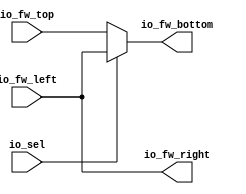
module CrossBarCell(
  input  [63:0] io_fw_left,
  input  [63:0] io_fw_top,
  output [63:0] io_fw_bottom,
  output [63:0] io_fw_right,
  input         io_sel
);
  assign io_fw_bottom = io_sel ? io_fw_left : io_fw_top; // @[CrossBarSwitch.scala 15:17 CrossBarSwitch.scala 16:18 CrossBarSwitch.scala 18:18]
  assign io_fw_right = io_fw_left; // @[CrossBarSwitch.scala 14:15]
endmodule
module CrossBarSwitch(
  input         clock,
  input  [63:0] io_fw_left_0,
  input  [63:0] io_fw_left_1,
  input  [63:0] io_fw_left_2,
  input  [63:0] io_fw_left_3,
  output [63:0] io_fw_bottom_0,
  output [63:0] io_fw_bottom_1,
  output [63:0] io_fw_bottom_2,
  output [63:0] io_fw_bottom_3,
  input  [1:0]  io_select_0,
  input  [1:0]  io_select_1,
  input  [1:0]  io_select_2,
  input  [1:0]  io_select_3
);
`ifdef RANDOMIZE_REG_INIT
  reg [63:0] _RAND_0;
  reg [63:0] _RAND_1;
  reg [63:0] _RAND_2;
  reg [63:0] _RAND_3;
`endif // RANDOMIZE_REG_INIT
  wire [63:0] cells_2d_0_io_fw_left; // @[CrossBarSwitch.scala 37:53]
  wire [63:0] cells_2d_0_io_fw_top; // @[CrossBarSwitch.scala 37:53]
  wire [63:0] cells_2d_0_io_fw_bottom; // @[CrossBarSwitch.scala 37:53]
  wire [63:0] cells_2d_0_io_fw_right; // @[CrossBarSwitch.scala 37:53]
  wire  cells_2d_0_io_sel; // @[CrossBarSwitch.scala 37:53]
  wire [63:0] cells_2d_1_io_fw_left; // @[CrossBarSwitch.scala 37:53]
  wire [63:0] cells_2d_1_io_fw_top; // @[CrossBarSwitch.scala 37:53]
  wire [63:0] cells_2d_1_io_fw_bottom; // @[CrossBarSwitch.scala 37:53]
  wire [63:0] cells_2d_1_io_fw_right; // @[CrossBarSwitch.scala 37:53]
  wire  cells_2d_1_io_sel; // @[CrossBarSwitch.scala 37:53]
  wire [63:0] cells_2d_2_io_fw_left; // @[CrossBarSwitch.scala 37:53]
  wire [63:0] cells_2d_2_io_fw_top; // @[CrossBarSwitch.scala 37:53]
  wire [63:0] cells_2d_2_io_fw_bottom; // @[CrossBarSwitch.scala 37:53]
  wire [63:0] cells_2d_2_io_fw_right; // @[CrossBarSwitch.scala 37:53]
  wire  cells_2d_2_io_sel; // @[CrossBarSwitch.scala 37:53]
  wire [63:0] cells_2d_3_io_fw_left; // @[CrossBarSwitch.scala 37:53]
  wire [63:0] cells_2d_3_io_fw_top; // @[CrossBarSwitch.scala 37:53]
  wire [63:0] cells_2d_3_io_fw_bottom; // @[CrossBarSwitch.scala 37:53]
  wire [63:0] cells_2d_3_io_fw_right; // @[CrossBarSwitch.scala 37:53]
  wire  cells_2d_3_io_sel; // @[CrossBarSwitch.scala 37:53]
  wire [63:0] cells_2d_4_io_fw_left; // @[CrossBarSwitch.scala 37:53]
  wire [63:0] cells_2d_4_io_fw_top; // @[CrossBarSwitch.scala 37:53]
  wire [63:0] cells_2d_4_io_fw_bottom; // @[CrossBarSwitch.scala 37:53]
  wire [63:0] cells_2d_4_io_fw_right; // @[CrossBarSwitch.scala 37:53]
  wire  cells_2d_4_io_sel; // @[CrossBarSwitch.scala 37:53]
  wire [63:0] cells_2d_5_io_fw_left; // @[CrossBarSwitch.scala 37:53]
  wire [63:0] cells_2d_5_io_fw_top; // @[CrossBarSwitch.scala 37:53]
  wire [63:0] cells_2d_5_io_fw_bottom; // @[CrossBarSwitch.scala 37:53]
  wire [63:0] cells_2d_5_io_fw_right; // @[CrossBarSwitch.scala 37:53]
  wire  cells_2d_5_io_sel; // @[CrossBarSwitch.scala 37:53]
  wire [63:0] cells_2d_6_io_fw_left; // @[CrossBarSwitch.scala 37:53]
  wire [63:0] cells_2d_6_io_fw_top; // @[CrossBarSwitch.scala 37:53]
  wire [63:0] cells_2d_6_io_fw_bottom; // @[CrossBarSwitch.scala 37:53]
  wire [63:0] cells_2d_6_io_fw_right; // @[CrossBarSwitch.scala 37:53]
  wire  cells_2d_6_io_sel; // @[CrossBarSwitch.scala 37:53]
  wire [63:0] cells_2d_7_io_fw_left; // @[CrossBarSwitch.scala 37:53]
  wire [63:0] cells_2d_7_io_fw_top; // @[CrossBarSwitch.scala 37:53]
  wire [63:0] cells_2d_7_io_fw_bottom; // @[CrossBarSwitch.scala 37:53]
  wire [63:0] cells_2d_7_io_fw_right; // @[CrossBarSwitch.scala 37:53]
  wire  cells_2d_7_io_sel; // @[CrossBarSwitch.scala 37:53]
  wire [63:0] cells_2d_8_io_fw_left; // @[CrossBarSwitch.scala 37:53]
  wire [63:0] cells_2d_8_io_fw_top; // @[CrossBarSwitch.scala 37:53]
  wire [63:0] cells_2d_8_io_fw_bottom; // @[CrossBarSwitch.scala 37:53]
  wire [63:0] cells_2d_8_io_fw_right; // @[CrossBarSwitch.scala 37:53]
  wire  cells_2d_8_io_sel; // @[CrossBarSwitch.scala 37:53]
  wire [63:0] cells_2d_9_io_fw_left; // @[CrossBarSwitch.scala 37:53]
  wire [63:0] cells_2d_9_io_fw_top; // @[CrossBarSwitch.scala 37:53]
  wire [63:0] cells_2d_9_io_fw_bottom; // @[CrossBarSwitch.scala 37:53]
  wire [63:0] cells_2d_9_io_fw_right; // @[CrossBarSwitch.scala 37:53]
  wire  cells_2d_9_io_sel; // @[CrossBarSwitch.scala 37:53]
  wire [63:0] cells_2d_10_io_fw_left; // @[CrossBarSwitch.scala 37:53]
  wire [63:0] cells_2d_10_io_fw_top; // @[CrossBarSwitch.scala 37:53]
  wire [63:0] cells_2d_10_io_fw_bottom; // @[CrossBarSwitch.scala 37:53]
  wire [63:0] cells_2d_10_io_fw_right; // @[CrossBarSwitch.scala 37:53]
  wire  cells_2d_10_io_sel; // @[CrossBarSwitch.scala 37:53]
  wire [63:0] cells_2d_11_io_fw_left; // @[CrossBarSwitch.scala 37:53]
  wire [63:0] cells_2d_11_io_fw_top; // @[CrossBarSwitch.scala 37:53]
  wire [63:0] cells_2d_11_io_fw_bottom; // @[CrossBarSwitch.scala 37:53]
  wire [63:0] cells_2d_11_io_fw_right; // @[CrossBarSwitch.scala 37:53]
  wire  cells_2d_11_io_sel; // @[CrossBarSwitch.scala 37:53]
  wire [63:0] cells_2d_12_io_fw_left; // @[CrossBarSwitch.scala 37:53]
  wire [63:0] cells_2d_12_io_fw_top; // @[CrossBarSwitch.scala 37:53]
  wire [63:0] cells_2d_12_io_fw_bottom; // @[CrossBarSwitch.scala 37:53]
  wire [63:0] cells_2d_12_io_fw_right; // @[CrossBarSwitch.scala 37:53]
  wire  cells_2d_12_io_sel; // @[CrossBarSwitch.scala 37:53]
  wire [63:0] cells_2d_13_io_fw_left; // @[CrossBarSwitch.scala 37:53]
  wire [63:0] cells_2d_13_io_fw_top; // @[CrossBarSwitch.scala 37:53]
  wire [63:0] cells_2d_13_io_fw_bottom; // @[CrossBarSwitch.scala 37:53]
  wire [63:0] cells_2d_13_io_fw_right; // @[CrossBarSwitch.scala 37:53]
  wire  cells_2d_13_io_sel; // @[CrossBarSwitch.scala 37:53]
  wire [63:0] cells_2d_14_io_fw_left; // @[CrossBarSwitch.scala 37:53]
  wire [63:0] cells_2d_14_io_fw_top; // @[CrossBarSwitch.scala 37:53]
  wire [63:0] cells_2d_14_io_fw_bottom; // @[CrossBarSwitch.scala 37:53]
  wire [63:0] cells_2d_14_io_fw_right; // @[CrossBarSwitch.scala 37:53]
  wire  cells_2d_14_io_sel; // @[CrossBarSwitch.scala 37:53]
  wire [63:0] cells_2d_15_io_fw_left; // @[CrossBarSwitch.scala 37:53]
  wire [63:0] cells_2d_15_io_fw_top; // @[CrossBarSwitch.scala 37:53]
  wire [63:0] cells_2d_15_io_fw_bottom; // @[CrossBarSwitch.scala 37:53]
  wire [63:0] cells_2d_15_io_fw_right; // @[CrossBarSwitch.scala 37:53]
  wire  cells_2d_15_io_sel; // @[CrossBarSwitch.scala 37:53]
  reg [63:0] fw_left_reg_0; // @[CrossBarSwitch.scala 33:28]
  reg [63:0] fw_left_reg_1; // @[CrossBarSwitch.scala 33:28]
  reg [63:0] fw_left_reg_2; // @[CrossBarSwitch.scala 33:28]
  reg [63:0] fw_left_reg_3; // @[CrossBarSwitch.scala 33:28]
  wire [3:0] select_onehot_0 = 4'h1 << io_select_0; // @[OneHot.scala 65:12]
  wire [3:0] select_onehot_1 = 4'h1 << io_select_1; // @[OneHot.scala 65:12]
  wire [3:0] select_onehot_2 = 4'h1 << io_select_2; // @[OneHot.scala 65:12]
  wire [3:0] select_onehot_3 = 4'h1 << io_select_3; // @[OneHot.scala 65:12]
  CrossBarCell cells_2d_0 ( // @[CrossBarSwitch.scala 37:53]
    .io_fw_left(cells_2d_0_io_fw_left),
    .io_fw_top(cells_2d_0_io_fw_top),
    .io_fw_bottom(cells_2d_0_io_fw_bottom),
    .io_fw_right(cells_2d_0_io_fw_right),
    .io_sel(cells_2d_0_io_sel)
  );
  CrossBarCell cells_2d_1 ( // @[CrossBarSwitch.scala 37:53]
    .io_fw_left(cells_2d_1_io_fw_left),
    .io_fw_top(cells_2d_1_io_fw_top),
    .io_fw_bottom(cells_2d_1_io_fw_bottom),
    .io_fw_right(cells_2d_1_io_fw_right),
    .io_sel(cells_2d_1_io_sel)
  );
  CrossBarCell cells_2d_2 ( // @[CrossBarSwitch.scala 37:53]
    .io_fw_left(cells_2d_2_io_fw_left),
    .io_fw_top(cells_2d_2_io_fw_top),
    .io_fw_bottom(cells_2d_2_io_fw_bottom),
    .io_fw_right(cells_2d_2_io_fw_right),
    .io_sel(cells_2d_2_io_sel)
  );
  CrossBarCell cells_2d_3 ( // @[CrossBarSwitch.scala 37:53]
    .io_fw_left(cells_2d_3_io_fw_left),
    .io_fw_top(cells_2d_3_io_fw_top),
    .io_fw_bottom(cells_2d_3_io_fw_bottom),
    .io_fw_right(cells_2d_3_io_fw_right),
    .io_sel(cells_2d_3_io_sel)
  );
  CrossBarCell cells_2d_4 ( // @[CrossBarSwitch.scala 37:53]
    .io_fw_left(cells_2d_4_io_fw_left),
    .io_fw_top(cells_2d_4_io_fw_top),
    .io_fw_bottom(cells_2d_4_io_fw_bottom),
    .io_fw_right(cells_2d_4_io_fw_right),
    .io_sel(cells_2d_4_io_sel)
  );
  CrossBarCell cells_2d_5 ( // @[CrossBarSwitch.scala 37:53]
    .io_fw_left(cells_2d_5_io_fw_left),
    .io_fw_top(cells_2d_5_io_fw_top),
    .io_fw_bottom(cells_2d_5_io_fw_bottom),
    .io_fw_right(cells_2d_5_io_fw_right),
    .io_sel(cells_2d_5_io_sel)
  );
  CrossBarCell cells_2d_6 ( // @[CrossBarSwitch.scala 37:53]
    .io_fw_left(cells_2d_6_io_fw_left),
    .io_fw_top(cells_2d_6_io_fw_top),
    .io_fw_bottom(cells_2d_6_io_fw_bottom),
    .io_fw_right(cells_2d_6_io_fw_right),
    .io_sel(cells_2d_6_io_sel)
  );
  CrossBarCell cells_2d_7 ( // @[CrossBarSwitch.scala 37:53]
    .io_fw_left(cells_2d_7_io_fw_left),
    .io_fw_top(cells_2d_7_io_fw_top),
    .io_fw_bottom(cells_2d_7_io_fw_bottom),
    .io_fw_right(cells_2d_7_io_fw_right),
    .io_sel(cells_2d_7_io_sel)
  );
  CrossBarCell cells_2d_8 ( // @[CrossBarSwitch.scala 37:53]
    .io_fw_left(cells_2d_8_io_fw_left),
    .io_fw_top(cells_2d_8_io_fw_top),
    .io_fw_bottom(cells_2d_8_io_fw_bottom),
    .io_fw_right(cells_2d_8_io_fw_right),
    .io_sel(cells_2d_8_io_sel)
  );
  CrossBarCell cells_2d_9 ( // @[CrossBarSwitch.scala 37:53]
    .io_fw_left(cells_2d_9_io_fw_left),
    .io_fw_top(cells_2d_9_io_fw_top),
    .io_fw_bottom(cells_2d_9_io_fw_bottom),
    .io_fw_right(cells_2d_9_io_fw_right),
    .io_sel(cells_2d_9_io_sel)
  );
  CrossBarCell cells_2d_10 ( // @[CrossBarSwitch.scala 37:53]
    .io_fw_left(cells_2d_10_io_fw_left),
    .io_fw_top(cells_2d_10_io_fw_top),
    .io_fw_bottom(cells_2d_10_io_fw_bottom),
    .io_fw_right(cells_2d_10_io_fw_right),
    .io_sel(cells_2d_10_io_sel)
  );
  CrossBarCell cells_2d_11 ( // @[CrossBarSwitch.scala 37:53]
    .io_fw_left(cells_2d_11_io_fw_left),
    .io_fw_top(cells_2d_11_io_fw_top),
    .io_fw_bottom(cells_2d_11_io_fw_bottom),
    .io_fw_right(cells_2d_11_io_fw_right),
    .io_sel(cells_2d_11_io_sel)
  );
  CrossBarCell cells_2d_12 ( // @[CrossBarSwitch.scala 37:53]
    .io_fw_left(cells_2d_12_io_fw_left),
    .io_fw_top(cells_2d_12_io_fw_top),
    .io_fw_bottom(cells_2d_12_io_fw_bottom),
    .io_fw_right(cells_2d_12_io_fw_right),
    .io_sel(cells_2d_12_io_sel)
  );
  CrossBarCell cells_2d_13 ( // @[CrossBarSwitch.scala 37:53]
    .io_fw_left(cells_2d_13_io_fw_left),
    .io_fw_top(cells_2d_13_io_fw_top),
    .io_fw_bottom(cells_2d_13_io_fw_bottom),
    .io_fw_right(cells_2d_13_io_fw_right),
    .io_sel(cells_2d_13_io_sel)
  );
  CrossBarCell cells_2d_14 ( // @[CrossBarSwitch.scala 37:53]
    .io_fw_left(cells_2d_14_io_fw_left),
    .io_fw_top(cells_2d_14_io_fw_top),
    .io_fw_bottom(cells_2d_14_io_fw_bottom),
    .io_fw_right(cells_2d_14_io_fw_right),
    .io_sel(cells_2d_14_io_sel)
  );
  CrossBarCell cells_2d_15 ( // @[CrossBarSwitch.scala 37:53]
    .io_fw_left(cells_2d_15_io_fw_left),
    .io_fw_top(cells_2d_15_io_fw_top),
    .io_fw_bottom(cells_2d_15_io_fw_bottom),
    .io_fw_right(cells_2d_15_io_fw_right),
    .io_sel(cells_2d_15_io_sel)
  );
  assign io_fw_bottom_0 = cells_2d_12_io_fw_bottom; // @[CrossBarSwitch.scala 77:21]
  assign io_fw_bottom_1 = cells_2d_13_io_fw_bottom; // @[CrossBarSwitch.scala 77:21]
  assign io_fw_bottom_2 = cells_2d_14_io_fw_bottom; // @[CrossBarSwitch.scala 77:21]
  assign io_fw_bottom_3 = cells_2d_15_io_fw_bottom; // @[CrossBarSwitch.scala 77:21]
  assign cells_2d_0_io_fw_left = fw_left_reg_0; // @[CrossBarSwitch.scala 62:29]
  assign cells_2d_0_io_fw_top = 64'h0; // @[CrossBarSwitch.scala 55:28]
  assign cells_2d_0_io_sel = select_onehot_0[0]; // @[CrossBarSwitch.scala 70:44]
  assign cells_2d_1_io_fw_left = cells_2d_0_io_fw_right; // @[CrossBarSwitch.scala 66:29]
  assign cells_2d_1_io_fw_top = 64'h0; // @[CrossBarSwitch.scala 55:28]
  assign cells_2d_1_io_sel = select_onehot_1[0]; // @[CrossBarSwitch.scala 70:44]
  assign cells_2d_2_io_fw_left = cells_2d_1_io_fw_right; // @[CrossBarSwitch.scala 66:29]
  assign cells_2d_2_io_fw_top = 64'h0; // @[CrossBarSwitch.scala 55:28]
  assign cells_2d_2_io_sel = select_onehot_2[0]; // @[CrossBarSwitch.scala 70:44]
  assign cells_2d_3_io_fw_left = cells_2d_2_io_fw_right; // @[CrossBarSwitch.scala 66:29]
  assign cells_2d_3_io_fw_top = 64'h0; // @[CrossBarSwitch.scala 55:28]
  assign cells_2d_3_io_sel = select_onehot_3[0]; // @[CrossBarSwitch.scala 70:44]
  assign cells_2d_4_io_fw_left = fw_left_reg_1; // @[CrossBarSwitch.scala 62:29]
  assign cells_2d_4_io_fw_top = cells_2d_0_io_fw_bottom; // @[CrossBarSwitch.scala 58:28]
  assign cells_2d_4_io_sel = select_onehot_0[1]; // @[CrossBarSwitch.scala 70:44]
  assign cells_2d_5_io_fw_left = cells_2d_4_io_fw_right; // @[CrossBarSwitch.scala 66:29]
  assign cells_2d_5_io_fw_top = cells_2d_1_io_fw_bottom; // @[CrossBarSwitch.scala 58:28]
  assign cells_2d_5_io_sel = select_onehot_1[1]; // @[CrossBarSwitch.scala 70:44]
  assign cells_2d_6_io_fw_left = cells_2d_5_io_fw_right; // @[CrossBarSwitch.scala 66:29]
  assign cells_2d_6_io_fw_top = cells_2d_2_io_fw_bottom; // @[CrossBarSwitch.scala 58:28]
  assign cells_2d_6_io_sel = select_onehot_2[1]; // @[CrossBarSwitch.scala 70:44]
  assign cells_2d_7_io_fw_left = cells_2d_6_io_fw_right; // @[CrossBarSwitch.scala 66:29]
  assign cells_2d_7_io_fw_top = cells_2d_3_io_fw_bottom; // @[CrossBarSwitch.scala 58:28]
  assign cells_2d_7_io_sel = select_onehot_3[1]; // @[CrossBarSwitch.scala 70:44]
  assign cells_2d_8_io_fw_left = fw_left_reg_2; // @[CrossBarSwitch.scala 62:29]
  assign cells_2d_8_io_fw_top = cells_2d_4_io_fw_bottom; // @[CrossBarSwitch.scala 58:28]
  assign cells_2d_8_io_sel = select_onehot_0[2]; // @[CrossBarSwitch.scala 70:44]
  assign cells_2d_9_io_fw_left = cells_2d_8_io_fw_right; // @[CrossBarSwitch.scala 66:29]
  assign cells_2d_9_io_fw_top = cells_2d_5_io_fw_bottom; // @[CrossBarSwitch.scala 58:28]
  assign cells_2d_9_io_sel = select_onehot_1[2]; // @[CrossBarSwitch.scala 70:44]
  assign cells_2d_10_io_fw_left = cells_2d_9_io_fw_right; // @[CrossBarSwitch.scala 66:29]
  assign cells_2d_10_io_fw_top = cells_2d_6_io_fw_bottom; // @[CrossBarSwitch.scala 58:28]
  assign cells_2d_10_io_sel = select_onehot_2[2]; // @[CrossBarSwitch.scala 70:44]
  assign cells_2d_11_io_fw_left = cells_2d_10_io_fw_right; // @[CrossBarSwitch.scala 66:29]
  assign cells_2d_11_io_fw_top = cells_2d_7_io_fw_bottom; // @[CrossBarSwitch.scala 58:28]
  assign cells_2d_11_io_sel = select_onehot_3[2]; // @[CrossBarSwitch.scala 70:44]
  assign cells_2d_12_io_fw_left = fw_left_reg_3; // @[CrossBarSwitch.scala 62:29]
  assign cells_2d_12_io_fw_top = cells_2d_8_io_fw_bottom; // @[CrossBarSwitch.scala 58:28]
  assign cells_2d_12_io_sel = select_onehot_0[3]; // @[CrossBarSwitch.scala 70:44]
  assign cells_2d_13_io_fw_left = cells_2d_12_io_fw_right; // @[CrossBarSwitch.scala 66:29]
  assign cells_2d_13_io_fw_top = cells_2d_9_io_fw_bottom; // @[CrossBarSwitch.scala 58:28]
  assign cells_2d_13_io_sel = select_onehot_1[3]; // @[CrossBarSwitch.scala 70:44]
  assign cells_2d_14_io_fw_left = cells_2d_13_io_fw_right; // @[CrossBarSwitch.scala 66:29]
  assign cells_2d_14_io_fw_top = cells_2d_10_io_fw_bottom; // @[CrossBarSwitch.scala 58:28]
  assign cells_2d_14_io_sel = select_onehot_2[3]; // @[CrossBarSwitch.scala 70:44]
  assign cells_2d_15_io_fw_left = cells_2d_14_io_fw_right; // @[CrossBarSwitch.scala 66:29]
  assign cells_2d_15_io_fw_top = cells_2d_11_io_fw_bottom; // @[CrossBarSwitch.scala 58:28]
  assign cells_2d_15_io_sel = select_onehot_3[3]; // @[CrossBarSwitch.scala 70:44]
  always @(posedge clock) begin
    fw_left_reg_0 <= io_fw_left_0; // @[CrossBarSwitch.scala 33:28]
    fw_left_reg_1 <= io_fw_left_1; // @[CrossBarSwitch.scala 33:28]
    fw_left_reg_2 <= io_fw_left_2; // @[CrossBarSwitch.scala 33:28]
    fw_left_reg_3 <= io_fw_left_3; // @[CrossBarSwitch.scala 33:28]
  end
// Register and memory initialization
`ifdef RANDOMIZE_GARBAGE_ASSIGN
`define RANDOMIZE
`endif
`ifdef RANDOMIZE_INVALID_ASSIGN
`define RANDOMIZE
`endif
`ifdef RANDOMIZE_REG_INIT
`define RANDOMIZE
`endif
`ifdef RANDOMIZE_MEM_INIT
`define RANDOMIZE
`endif
`ifndef RANDOM
`define RANDOM $random
`endif
`ifdef RANDOMIZE_MEM_INIT
  integer initvar;
`endif
`ifndef SYNTHESIS
`ifdef FIRRTL_BEFORE_INITIAL
`FIRRTL_BEFORE_INITIAL
`endif
initial begin
  `ifdef RANDOMIZE
    `ifdef INIT_RANDOM
      `INIT_RANDOM
    `endif
    `ifndef VERILATOR
      `ifdef RANDOMIZE_DELAY
        #`RANDOMIZE_DELAY begin end
      `else
        #0.002 begin end
      `endif
    `endif
`ifdef RANDOMIZE_REG_INIT
  _RAND_0 = {2{`RANDOM}};
  fw_left_reg_0 = _RAND_0[63:0];
  _RAND_1 = {2{`RANDOM}};
  fw_left_reg_1 = _RAND_1[63:0];
  _RAND_2 = {2{`RANDOM}};
  fw_left_reg_2 = _RAND_2[63:0];
  _RAND_3 = {2{`RANDOM}};
  fw_left_reg_3 = _RAND_3[63:0];
`endif // RANDOMIZE_REG_INIT
  `endif // RANDOMIZE
end // initial
`ifdef FIRRTL_AFTER_INITIAL
`FIRRTL_AFTER_INITIAL
`endif
`endif // SYNTHESIS
endmodule
module CLOScell4(
  input         clock,
  input  [63:0] io_in4_0,
  input  [63:0] io_in4_1,
  input  [63:0] io_in4_2,
  input  [63:0] io_in4_3,
  output [63:0] io_out4_0,
  output [63:0] io_out4_1,
  output [63:0] io_out4_2,
  output [63:0] io_out4_3,
  input  [7:0]  io_ctrl
);
  wire  CrossBarSwitch_clock; // @[CLOS16.scala 11:21]
  wire [63:0] CrossBarSwitch_io_fw_left_0; // @[CLOS16.scala 11:21]
  wire [63:0] CrossBarSwitch_io_fw_left_1; // @[CLOS16.scala 11:21]
  wire [63:0] CrossBarSwitch_io_fw_left_2; // @[CLOS16.scala 11:21]
  wire [63:0] CrossBarSwitch_io_fw_left_3; // @[CLOS16.scala 11:21]
  wire [63:0] CrossBarSwitch_io_fw_bottom_0; // @[CLOS16.scala 11:21]
  wire [63:0] CrossBarSwitch_io_fw_bottom_1; // @[CLOS16.scala 11:21]
  wire [63:0] CrossBarSwitch_io_fw_bottom_2; // @[CLOS16.scala 11:21]
  wire [63:0] CrossBarSwitch_io_fw_bottom_3; // @[CLOS16.scala 11:21]
  wire [1:0] CrossBarSwitch_io_select_0; // @[CLOS16.scala 11:21]
  wire [1:0] CrossBarSwitch_io_select_1; // @[CLOS16.scala 11:21]
  wire [1:0] CrossBarSwitch_io_select_2; // @[CLOS16.scala 11:21]
  wire [1:0] CrossBarSwitch_io_select_3; // @[CLOS16.scala 11:21]
  CrossBarSwitch CrossBarSwitch ( // @[CLOS16.scala 11:21]
    .clock(CrossBarSwitch_clock),
    .io_fw_left_0(CrossBarSwitch_io_fw_left_0),
    .io_fw_left_1(CrossBarSwitch_io_fw_left_1),
    .io_fw_left_2(CrossBarSwitch_io_fw_left_2),
    .io_fw_left_3(CrossBarSwitch_io_fw_left_3),
    .io_fw_bottom_0(CrossBarSwitch_io_fw_bottom_0),
    .io_fw_bottom_1(CrossBarSwitch_io_fw_bottom_1),
    .io_fw_bottom_2(CrossBarSwitch_io_fw_bottom_2),
    .io_fw_bottom_3(CrossBarSwitch_io_fw_bottom_3),
    .io_select_0(CrossBarSwitch_io_select_0),
    .io_select_1(CrossBarSwitch_io_select_1),
    .io_select_2(CrossBarSwitch_io_select_2),
    .io_select_3(CrossBarSwitch_io_select_3)
  );
  assign io_out4_0 = CrossBarSwitch_io_fw_bottom_0; // @[CLOS16.scala 16:11]
  assign io_out4_1 = CrossBarSwitch_io_fw_bottom_1; // @[CLOS16.scala 16:11]
  assign io_out4_2 = CrossBarSwitch_io_fw_bottom_2; // @[CLOS16.scala 16:11]
  assign io_out4_3 = CrossBarSwitch_io_fw_bottom_3; // @[CLOS16.scala 16:11]
  assign CrossBarSwitch_clock = clock;
  assign CrossBarSwitch_io_fw_left_0 = io_in4_0; // @[CLOS16.scala 15:17]
  assign CrossBarSwitch_io_fw_left_1 = io_in4_1; // @[CLOS16.scala 15:17]
  assign CrossBarSwitch_io_fw_left_2 = io_in4_2; // @[CLOS16.scala 15:17]
  assign CrossBarSwitch_io_fw_left_3 = io_in4_3; // @[CLOS16.scala 15:17]
  assign CrossBarSwitch_io_select_0 = io_ctrl[7:6]; // @[CLOS16.scala 13:31]
  assign CrossBarSwitch_io_select_1 = io_ctrl[5:4]; // @[CLOS16.scala 13:31]
  assign CrossBarSwitch_io_select_2 = io_ctrl[3:2]; // @[CLOS16.scala 13:31]
  assign CrossBarSwitch_io_select_3 = io_ctrl[1:0]; // @[CLOS16.scala 13:31]
endmodule
module CLOS16(
  input         clock,
  input         reset,
  input  [63:0] io_in16_0,
  input  [63:0] io_in16_1,
  input  [63:0] io_in16_2,
  input  [63:0] io_in16_3,
  input  [63:0] io_in16_4,
  input  [63:0] io_in16_5,
  input  [63:0] io_in16_6,
  input  [63:0] io_in16_7,
  input  [63:0] io_in16_8,
  input  [63:0] io_in16_9,
  input  [63:0] io_in16_10,
  input  [63:0] io_in16_11,
  input  [63:0] io_in16_12,
  input  [63:0] io_in16_13,
  input  [63:0] io_in16_14,
  input  [63:0] io_in16_15,
  output [63:0] io_out16_0,
  output [63:0] io_out16_1,
  output [63:0] io_out16_2,
  output [63:0] io_out16_3,
  output [63:0] io_out16_4,
  output [63:0] io_out16_5,
  output [63:0] io_out16_6,
  output [63:0] io_out16_7,
  output [63:0] io_out16_8,
  output [63:0] io_out16_9,
  output [63:0] io_out16_10,
  output [63:0] io_out16_11,
  output [63:0] io_out16_12,
  output [63:0] io_out16_13,
  output [63:0] io_out16_14,
  output [63:0] io_out16_15,
  input         io_wr_en,
  input  [95:0] io_wr_instr,
  input         io_run
);
`ifdef RANDOMIZE_GARBAGE_ASSIGN
  reg [95:0] _RAND_1;
`endif // RANDOMIZE_GARBAGE_ASSIGN
`ifdef RANDOMIZE_MEM_INIT
  reg [95:0] _RAND_0;
`endif // RANDOMIZE_MEM_INIT
`ifdef RANDOMIZE_REG_INIT
  reg [31:0] _RAND_2;
  reg [31:0] _RAND_3;
  reg [95:0] _RAND_4;
  reg [31:0] _RAND_5;
  reg [31:0] _RAND_6;
  reg [31:0] _RAND_7;
`endif // RANDOMIZE_REG_INIT
  reg [95:0] IQ [0:99]; // @[CLOS16.scala 28:15]
  wire [95:0] IQ_instr_MPORT_data; // @[CLOS16.scala 28:15]
  wire [6:0] IQ_instr_MPORT_addr; // @[CLOS16.scala 28:15]
  wire [95:0] IQ_MPORT_data; // @[CLOS16.scala 28:15]
  wire [6:0] IQ_MPORT_addr; // @[CLOS16.scala 28:15]
  wire  IQ_MPORT_mask; // @[CLOS16.scala 28:15]
  wire  IQ_MPORT_en; // @[CLOS16.scala 28:15]
  wire  ingress_0_clock; // @[CLOS16.scala 40:50]
  wire [63:0] ingress_0_io_in4_0; // @[CLOS16.scala 40:50]
  wire [63:0] ingress_0_io_in4_1; // @[CLOS16.scala 40:50]
  wire [63:0] ingress_0_io_in4_2; // @[CLOS16.scala 40:50]
  wire [63:0] ingress_0_io_in4_3; // @[CLOS16.scala 40:50]
  wire [63:0] ingress_0_io_out4_0; // @[CLOS16.scala 40:50]
  wire [63:0] ingress_0_io_out4_1; // @[CLOS16.scala 40:50]
  wire [63:0] ingress_0_io_out4_2; // @[CLOS16.scala 40:50]
  wire [63:0] ingress_0_io_out4_3; // @[CLOS16.scala 40:50]
  wire [7:0] ingress_0_io_ctrl; // @[CLOS16.scala 40:50]
  wire  ingress_1_clock; // @[CLOS16.scala 40:50]
  wire [63:0] ingress_1_io_in4_0; // @[CLOS16.scala 40:50]
  wire [63:0] ingress_1_io_in4_1; // @[CLOS16.scala 40:50]
  wire [63:0] ingress_1_io_in4_2; // @[CLOS16.scala 40:50]
  wire [63:0] ingress_1_io_in4_3; // @[CLOS16.scala 40:50]
  wire [63:0] ingress_1_io_out4_0; // @[CLOS16.scala 40:50]
  wire [63:0] ingress_1_io_out4_1; // @[CLOS16.scala 40:50]
  wire [63:0] ingress_1_io_out4_2; // @[CLOS16.scala 40:50]
  wire [63:0] ingress_1_io_out4_3; // @[CLOS16.scala 40:50]
  wire [7:0] ingress_1_io_ctrl; // @[CLOS16.scala 40:50]
  wire  ingress_2_clock; // @[CLOS16.scala 40:50]
  wire [63:0] ingress_2_io_in4_0; // @[CLOS16.scala 40:50]
  wire [63:0] ingress_2_io_in4_1; // @[CLOS16.scala 40:50]
  wire [63:0] ingress_2_io_in4_2; // @[CLOS16.scala 40:50]
  wire [63:0] ingress_2_io_in4_3; // @[CLOS16.scala 40:50]
  wire [63:0] ingress_2_io_out4_0; // @[CLOS16.scala 40:50]
  wire [63:0] ingress_2_io_out4_1; // @[CLOS16.scala 40:50]
  wire [63:0] ingress_2_io_out4_2; // @[CLOS16.scala 40:50]
  wire [63:0] ingress_2_io_out4_3; // @[CLOS16.scala 40:50]
  wire [7:0] ingress_2_io_ctrl; // @[CLOS16.scala 40:50]
  wire  ingress_3_clock; // @[CLOS16.scala 40:50]
  wire [63:0] ingress_3_io_in4_0; // @[CLOS16.scala 40:50]
  wire [63:0] ingress_3_io_in4_1; // @[CLOS16.scala 40:50]
  wire [63:0] ingress_3_io_in4_2; // @[CLOS16.scala 40:50]
  wire [63:0] ingress_3_io_in4_3; // @[CLOS16.scala 40:50]
  wire [63:0] ingress_3_io_out4_0; // @[CLOS16.scala 40:50]
  wire [63:0] ingress_3_io_out4_1; // @[CLOS16.scala 40:50]
  wire [63:0] ingress_3_io_out4_2; // @[CLOS16.scala 40:50]
  wire [63:0] ingress_3_io_out4_3; // @[CLOS16.scala 40:50]
  wire [7:0] ingress_3_io_ctrl; // @[CLOS16.scala 40:50]
  wire  egress_0_clock; // @[CLOS16.scala 41:49]
  wire [63:0] egress_0_io_in4_0; // @[CLOS16.scala 41:49]
  wire [63:0] egress_0_io_in4_1; // @[CLOS16.scala 41:49]
  wire [63:0] egress_0_io_in4_2; // @[CLOS16.scala 41:49]
  wire [63:0] egress_0_io_in4_3; // @[CLOS16.scala 41:49]
  wire [63:0] egress_0_io_out4_0; // @[CLOS16.scala 41:49]
  wire [63:0] egress_0_io_out4_1; // @[CLOS16.scala 41:49]
  wire [63:0] egress_0_io_out4_2; // @[CLOS16.scala 41:49]
  wire [63:0] egress_0_io_out4_3; // @[CLOS16.scala 41:49]
  wire [7:0] egress_0_io_ctrl; // @[CLOS16.scala 41:49]
  wire  egress_1_clock; // @[CLOS16.scala 41:49]
  wire [63:0] egress_1_io_in4_0; // @[CLOS16.scala 41:49]
  wire [63:0] egress_1_io_in4_1; // @[CLOS16.scala 41:49]
  wire [63:0] egress_1_io_in4_2; // @[CLOS16.scala 41:49]
  wire [63:0] egress_1_io_in4_3; // @[CLOS16.scala 41:49]
  wire [63:0] egress_1_io_out4_0; // @[CLOS16.scala 41:49]
  wire [63:0] egress_1_io_out4_1; // @[CLOS16.scala 41:49]
  wire [63:0] egress_1_io_out4_2; // @[CLOS16.scala 41:49]
  wire [63:0] egress_1_io_out4_3; // @[CLOS16.scala 41:49]
  wire [7:0] egress_1_io_ctrl; // @[CLOS16.scala 41:49]
  wire  egress_2_clock; // @[CLOS16.scala 41:49]
  wire [63:0] egress_2_io_in4_0; // @[CLOS16.scala 41:49]
  wire [63:0] egress_2_io_in4_1; // @[CLOS16.scala 41:49]
  wire [63:0] egress_2_io_in4_2; // @[CLOS16.scala 41:49]
  wire [63:0] egress_2_io_in4_3; // @[CLOS16.scala 41:49]
  wire [63:0] egress_2_io_out4_0; // @[CLOS16.scala 41:49]
  wire [63:0] egress_2_io_out4_1; // @[CLOS16.scala 41:49]
  wire [63:0] egress_2_io_out4_2; // @[CLOS16.scala 41:49]
  wire [63:0] egress_2_io_out4_3; // @[CLOS16.scala 41:49]
  wire [7:0] egress_2_io_ctrl; // @[CLOS16.scala 41:49]
  wire  egress_3_clock; // @[CLOS16.scala 41:49]
  wire [63:0] egress_3_io_in4_0; // @[CLOS16.scala 41:49]
  wire [63:0] egress_3_io_in4_1; // @[CLOS16.scala 41:49]
  wire [63:0] egress_3_io_in4_2; // @[CLOS16.scala 41:49]
  wire [63:0] egress_3_io_in4_3; // @[CLOS16.scala 41:49]
  wire [63:0] egress_3_io_out4_0; // @[CLOS16.scala 41:49]
  wire [63:0] egress_3_io_out4_1; // @[CLOS16.scala 41:49]
  wire [63:0] egress_3_io_out4_2; // @[CLOS16.scala 41:49]
  wire [63:0] egress_3_io_out4_3; // @[CLOS16.scala 41:49]
  wire [7:0] egress_3_io_ctrl; // @[CLOS16.scala 41:49]
  wire  middle_0_clock; // @[CLOS16.scala 42:49]
  wire [63:0] middle_0_io_in4_0; // @[CLOS16.scala 42:49]
  wire [63:0] middle_0_io_in4_1; // @[CLOS16.scala 42:49]
  wire [63:0] middle_0_io_in4_2; // @[CLOS16.scala 42:49]
  wire [63:0] middle_0_io_in4_3; // @[CLOS16.scala 42:49]
  wire [63:0] middle_0_io_out4_0; // @[CLOS16.scala 42:49]
  wire [63:0] middle_0_io_out4_1; // @[CLOS16.scala 42:49]
  wire [63:0] middle_0_io_out4_2; // @[CLOS16.scala 42:49]
  wire [63:0] middle_0_io_out4_3; // @[CLOS16.scala 42:49]
  wire [7:0] middle_0_io_ctrl; // @[CLOS16.scala 42:49]
  wire  middle_1_clock; // @[CLOS16.scala 42:49]
  wire [63:0] middle_1_io_in4_0; // @[CLOS16.scala 42:49]
  wire [63:0] middle_1_io_in4_1; // @[CLOS16.scala 42:49]
  wire [63:0] middle_1_io_in4_2; // @[CLOS16.scala 42:49]
  wire [63:0] middle_1_io_in4_3; // @[CLOS16.scala 42:49]
  wire [63:0] middle_1_io_out4_0; // @[CLOS16.scala 42:49]
  wire [63:0] middle_1_io_out4_1; // @[CLOS16.scala 42:49]
  wire [63:0] middle_1_io_out4_2; // @[CLOS16.scala 42:49]
  wire [63:0] middle_1_io_out4_3; // @[CLOS16.scala 42:49]
  wire [7:0] middle_1_io_ctrl; // @[CLOS16.scala 42:49]
  wire  middle_2_clock; // @[CLOS16.scala 42:49]
  wire [63:0] middle_2_io_in4_0; // @[CLOS16.scala 42:49]
  wire [63:0] middle_2_io_in4_1; // @[CLOS16.scala 42:49]
  wire [63:0] middle_2_io_in4_2; // @[CLOS16.scala 42:49]
  wire [63:0] middle_2_io_in4_3; // @[CLOS16.scala 42:49]
  wire [63:0] middle_2_io_out4_0; // @[CLOS16.scala 42:49]
  wire [63:0] middle_2_io_out4_1; // @[CLOS16.scala 42:49]
  wire [63:0] middle_2_io_out4_2; // @[CLOS16.scala 42:49]
  wire [63:0] middle_2_io_out4_3; // @[CLOS16.scala 42:49]
  wire [7:0] middle_2_io_ctrl; // @[CLOS16.scala 42:49]
  wire  middle_3_clock; // @[CLOS16.scala 42:49]
  wire [63:0] middle_3_io_in4_0; // @[CLOS16.scala 42:49]
  wire [63:0] middle_3_io_in4_1; // @[CLOS16.scala 42:49]
  wire [63:0] middle_3_io_in4_2; // @[CLOS16.scala 42:49]
  wire [63:0] middle_3_io_in4_3; // @[CLOS16.scala 42:49]
  wire [63:0] middle_3_io_out4_0; // @[CLOS16.scala 42:49]
  wire [63:0] middle_3_io_out4_1; // @[CLOS16.scala 42:49]
  wire [63:0] middle_3_io_out4_2; // @[CLOS16.scala 42:49]
  wire [63:0] middle_3_io_out4_3; // @[CLOS16.scala 42:49]
  wire [7:0] middle_3_io_ctrl; // @[CLOS16.scala 42:49]
  reg [6:0] PC; // @[CLOS16.scala 29:19]
  reg [6:0] wr_addr; // @[CLOS16.scala 30:24]
  reg [95:0] instr; // @[CLOS16.scala 31:22]
  wire [6:0] _PC_T_1 = PC + 7'h1; // @[CLOS16.scala 34:14]
  wire [6:0] _wr_addr_T_1 = wr_addr + 7'h1; // @[CLOS16.scala 37:24]
  wire [31:0] ingressCtrlReg = instr[95:64]; // @[CLOS16.scala 52:29]
  reg [31:0] middleCtrlReg; // @[CLOS16.scala 53:30]
  reg [31:0] egressCtrlReg_REG; // @[CLOS16.scala 54:38]
  reg [31:0] egressCtrlReg; // @[CLOS16.scala 54:30]
  CLOScell4 ingress_0 ( // @[CLOS16.scala 40:50]
    .clock(ingress_0_clock),
    .io_in4_0(ingress_0_io_in4_0),
    .io_in4_1(ingress_0_io_in4_1),
    .io_in4_2(ingress_0_io_in4_2),
    .io_in4_3(ingress_0_io_in4_3),
    .io_out4_0(ingress_0_io_out4_0),
    .io_out4_1(ingress_0_io_out4_1),
    .io_out4_2(ingress_0_io_out4_2),
    .io_out4_3(ingress_0_io_out4_3),
    .io_ctrl(ingress_0_io_ctrl)
  );
  CLOScell4 ingress_1 ( // @[CLOS16.scala 40:50]
    .clock(ingress_1_clock),
    .io_in4_0(ingress_1_io_in4_0),
    .io_in4_1(ingress_1_io_in4_1),
    .io_in4_2(ingress_1_io_in4_2),
    .io_in4_3(ingress_1_io_in4_3),
    .io_out4_0(ingress_1_io_out4_0),
    .io_out4_1(ingress_1_io_out4_1),
    .io_out4_2(ingress_1_io_out4_2),
    .io_out4_3(ingress_1_io_out4_3),
    .io_ctrl(ingress_1_io_ctrl)
  );
  CLOScell4 ingress_2 ( // @[CLOS16.scala 40:50]
    .clock(ingress_2_clock),
    .io_in4_0(ingress_2_io_in4_0),
    .io_in4_1(ingress_2_io_in4_1),
    .io_in4_2(ingress_2_io_in4_2),
    .io_in4_3(ingress_2_io_in4_3),
    .io_out4_0(ingress_2_io_out4_0),
    .io_out4_1(ingress_2_io_out4_1),
    .io_out4_2(ingress_2_io_out4_2),
    .io_out4_3(ingress_2_io_out4_3),
    .io_ctrl(ingress_2_io_ctrl)
  );
  CLOScell4 ingress_3 ( // @[CLOS16.scala 40:50]
    .clock(ingress_3_clock),
    .io_in4_0(ingress_3_io_in4_0),
    .io_in4_1(ingress_3_io_in4_1),
    .io_in4_2(ingress_3_io_in4_2),
    .io_in4_3(ingress_3_io_in4_3),
    .io_out4_0(ingress_3_io_out4_0),
    .io_out4_1(ingress_3_io_out4_1),
    .io_out4_2(ingress_3_io_out4_2),
    .io_out4_3(ingress_3_io_out4_3),
    .io_ctrl(ingress_3_io_ctrl)
  );
  CLOScell4 egress_0 ( // @[CLOS16.scala 41:49]
    .clock(egress_0_clock),
    .io_in4_0(egress_0_io_in4_0),
    .io_in4_1(egress_0_io_in4_1),
    .io_in4_2(egress_0_io_in4_2),
    .io_in4_3(egress_0_io_in4_3),
    .io_out4_0(egress_0_io_out4_0),
    .io_out4_1(egress_0_io_out4_1),
    .io_out4_2(egress_0_io_out4_2),
    .io_out4_3(egress_0_io_out4_3),
    .io_ctrl(egress_0_io_ctrl)
  );
  CLOScell4 egress_1 ( // @[CLOS16.scala 41:49]
    .clock(egress_1_clock),
    .io_in4_0(egress_1_io_in4_0),
    .io_in4_1(egress_1_io_in4_1),
    .io_in4_2(egress_1_io_in4_2),
    .io_in4_3(egress_1_io_in4_3),
    .io_out4_0(egress_1_io_out4_0),
    .io_out4_1(egress_1_io_out4_1),
    .io_out4_2(egress_1_io_out4_2),
    .io_out4_3(egress_1_io_out4_3),
    .io_ctrl(egress_1_io_ctrl)
  );
  CLOScell4 egress_2 ( // @[CLOS16.scala 41:49]
    .clock(egress_2_clock),
    .io_in4_0(egress_2_io_in4_0),
    .io_in4_1(egress_2_io_in4_1),
    .io_in4_2(egress_2_io_in4_2),
    .io_in4_3(egress_2_io_in4_3),
    .io_out4_0(egress_2_io_out4_0),
    .io_out4_1(egress_2_io_out4_1),
    .io_out4_2(egress_2_io_out4_2),
    .io_out4_3(egress_2_io_out4_3),
    .io_ctrl(egress_2_io_ctrl)
  );
  CLOScell4 egress_3 ( // @[CLOS16.scala 41:49]
    .clock(egress_3_clock),
    .io_in4_0(egress_3_io_in4_0),
    .io_in4_1(egress_3_io_in4_1),
    .io_in4_2(egress_3_io_in4_2),
    .io_in4_3(egress_3_io_in4_3),
    .io_out4_0(egress_3_io_out4_0),
    .io_out4_1(egress_3_io_out4_1),
    .io_out4_2(egress_3_io_out4_2),
    .io_out4_3(egress_3_io_out4_3),
    .io_ctrl(egress_3_io_ctrl)
  );
  CLOScell4 middle_0 ( // @[CLOS16.scala 42:49]
    .clock(middle_0_clock),
    .io_in4_0(middle_0_io_in4_0),
    .io_in4_1(middle_0_io_in4_1),
    .io_in4_2(middle_0_io_in4_2),
    .io_in4_3(middle_0_io_in4_3),
    .io_out4_0(middle_0_io_out4_0),
    .io_out4_1(middle_0_io_out4_1),
    .io_out4_2(middle_0_io_out4_2),
    .io_out4_3(middle_0_io_out4_3),
    .io_ctrl(middle_0_io_ctrl)
  );
  CLOScell4 middle_1 ( // @[CLOS16.scala 42:49]
    .clock(middle_1_clock),
    .io_in4_0(middle_1_io_in4_0),
    .io_in4_1(middle_1_io_in4_1),
    .io_in4_2(middle_1_io_in4_2),
    .io_in4_3(middle_1_io_in4_3),
    .io_out4_0(middle_1_io_out4_0),
    .io_out4_1(middle_1_io_out4_1),
    .io_out4_2(middle_1_io_out4_2),
    .io_out4_3(middle_1_io_out4_3),
    .io_ctrl(middle_1_io_ctrl)
  );
  CLOScell4 middle_2 ( // @[CLOS16.scala 42:49]
    .clock(middle_2_clock),
    .io_in4_0(middle_2_io_in4_0),
    .io_in4_1(middle_2_io_in4_1),
    .io_in4_2(middle_2_io_in4_2),
    .io_in4_3(middle_2_io_in4_3),
    .io_out4_0(middle_2_io_out4_0),
    .io_out4_1(middle_2_io_out4_1),
    .io_out4_2(middle_2_io_out4_2),
    .io_out4_3(middle_2_io_out4_3),
    .io_ctrl(middle_2_io_ctrl)
  );
  CLOScell4 middle_3 ( // @[CLOS16.scala 42:49]
    .clock(middle_3_clock),
    .io_in4_0(middle_3_io_in4_0),
    .io_in4_1(middle_3_io_in4_1),
    .io_in4_2(middle_3_io_in4_2),
    .io_in4_3(middle_3_io_in4_3),
    .io_out4_0(middle_3_io_out4_0),
    .io_out4_1(middle_3_io_out4_1),
    .io_out4_2(middle_3_io_out4_2),
    .io_out4_3(middle_3_io_out4_3),
    .io_ctrl(middle_3_io_ctrl)
  );
  assign IQ_instr_MPORT_addr = PC;
  `ifndef RANDOMIZE_GARBAGE_ASSIGN
  assign IQ_instr_MPORT_data = IQ[IQ_instr_MPORT_addr]; // @[CLOS16.scala 28:15]
  `else
  assign IQ_instr_MPORT_data = IQ_instr_MPORT_addr >= 7'h64 ? _RAND_1[95:0] : IQ[IQ_instr_MPORT_addr]; // @[CLOS16.scala 28:15]
  `endif // RANDOMIZE_GARBAGE_ASSIGN
  assign IQ_MPORT_data = io_wr_instr;
  assign IQ_MPORT_addr = wr_addr;
  assign IQ_MPORT_mask = 1'h1;
  assign IQ_MPORT_en = io_run ? 1'h0 : io_wr_en;
  assign io_out16_0 = egress_0_io_out4_0; // @[CLOS16.scala 48:23]
  assign io_out16_1 = egress_0_io_out4_1; // @[CLOS16.scala 48:23]
  assign io_out16_2 = egress_0_io_out4_2; // @[CLOS16.scala 48:23]
  assign io_out16_3 = egress_0_io_out4_3; // @[CLOS16.scala 48:23]
  assign io_out16_4 = egress_1_io_out4_0; // @[CLOS16.scala 48:23]
  assign io_out16_5 = egress_1_io_out4_1; // @[CLOS16.scala 48:23]
  assign io_out16_6 = egress_1_io_out4_2; // @[CLOS16.scala 48:23]
  assign io_out16_7 = egress_1_io_out4_3; // @[CLOS16.scala 48:23]
  assign io_out16_8 = egress_2_io_out4_0; // @[CLOS16.scala 48:23]
  assign io_out16_9 = egress_2_io_out4_1; // @[CLOS16.scala 48:23]
  assign io_out16_10 = egress_2_io_out4_2; // @[CLOS16.scala 48:23]
  assign io_out16_11 = egress_2_io_out4_3; // @[CLOS16.scala 48:23]
  assign io_out16_12 = egress_3_io_out4_0; // @[CLOS16.scala 48:23]
  assign io_out16_13 = egress_3_io_out4_1; // @[CLOS16.scala 48:23]
  assign io_out16_14 = egress_3_io_out4_2; // @[CLOS16.scala 48:23]
  assign io_out16_15 = egress_3_io_out4_3; // @[CLOS16.scala 48:23]
  assign ingress_0_clock = clock;
  assign ingress_0_io_in4_0 = io_in16_0; // @[CLOS16.scala 47:28]
  assign ingress_0_io_in4_1 = io_in16_1; // @[CLOS16.scala 47:28]
  assign ingress_0_io_in4_2 = io_in16_2; // @[CLOS16.scala 47:28]
  assign ingress_0_io_in4_3 = io_in16_3; // @[CLOS16.scala 47:28]
  assign ingress_0_io_ctrl = ingressCtrlReg[31:24]; // @[CLOS16.scala 58:41]
  assign ingress_1_clock = clock;
  assign ingress_1_io_in4_0 = io_in16_4; // @[CLOS16.scala 47:28]
  assign ingress_1_io_in4_1 = io_in16_5; // @[CLOS16.scala 47:28]
  assign ingress_1_io_in4_2 = io_in16_6; // @[CLOS16.scala 47:28]
  assign ingress_1_io_in4_3 = io_in16_7; // @[CLOS16.scala 47:28]
  assign ingress_1_io_ctrl = ingressCtrlReg[23:16]; // @[CLOS16.scala 58:41]
  assign ingress_2_clock = clock;
  assign ingress_2_io_in4_0 = io_in16_8; // @[CLOS16.scala 47:28]
  assign ingress_2_io_in4_1 = io_in16_9; // @[CLOS16.scala 47:28]
  assign ingress_2_io_in4_2 = io_in16_10; // @[CLOS16.scala 47:28]
  assign ingress_2_io_in4_3 = io_in16_11; // @[CLOS16.scala 47:28]
  assign ingress_2_io_ctrl = ingressCtrlReg[15:8]; // @[CLOS16.scala 58:41]
  assign ingress_3_clock = clock;
  assign ingress_3_io_in4_0 = io_in16_12; // @[CLOS16.scala 47:28]
  assign ingress_3_io_in4_1 = io_in16_13; // @[CLOS16.scala 47:28]
  assign ingress_3_io_in4_2 = io_in16_14; // @[CLOS16.scala 47:28]
  assign ingress_3_io_in4_3 = io_in16_15; // @[CLOS16.scala 47:28]
  assign ingress_3_io_ctrl = ingressCtrlReg[7:0]; // @[CLOS16.scala 58:41]
  assign egress_0_clock = clock;
  assign egress_0_io_in4_0 = middle_0_io_out4_0; // @[CLOS16.scala 66:27]
  assign egress_0_io_in4_1 = middle_1_io_out4_0; // @[CLOS16.scala 66:27]
  assign egress_0_io_in4_2 = middle_2_io_out4_0; // @[CLOS16.scala 66:27]
  assign egress_0_io_in4_3 = middle_3_io_out4_0; // @[CLOS16.scala 66:27]
  assign egress_0_io_ctrl = egressCtrlReg[31:24]; // @[CLOS16.scala 60:39]
  assign egress_1_clock = clock;
  assign egress_1_io_in4_0 = middle_0_io_out4_1; // @[CLOS16.scala 66:27]
  assign egress_1_io_in4_1 = middle_1_io_out4_1; // @[CLOS16.scala 66:27]
  assign egress_1_io_in4_2 = middle_2_io_out4_1; // @[CLOS16.scala 66:27]
  assign egress_1_io_in4_3 = middle_3_io_out4_1; // @[CLOS16.scala 66:27]
  assign egress_1_io_ctrl = egressCtrlReg[23:16]; // @[CLOS16.scala 60:39]
  assign egress_2_clock = clock;
  assign egress_2_io_in4_0 = middle_0_io_out4_2; // @[CLOS16.scala 66:27]
  assign egress_2_io_in4_1 = middle_1_io_out4_2; // @[CLOS16.scala 66:27]
  assign egress_2_io_in4_2 = middle_2_io_out4_2; // @[CLOS16.scala 66:27]
  assign egress_2_io_in4_3 = middle_3_io_out4_2; // @[CLOS16.scala 66:27]
  assign egress_2_io_ctrl = egressCtrlReg[15:8]; // @[CLOS16.scala 60:39]
  assign egress_3_clock = clock;
  assign egress_3_io_in4_0 = middle_0_io_out4_3; // @[CLOS16.scala 66:27]
  assign egress_3_io_in4_1 = middle_1_io_out4_3; // @[CLOS16.scala 66:27]
  assign egress_3_io_in4_2 = middle_2_io_out4_3; // @[CLOS16.scala 66:27]
  assign egress_3_io_in4_3 = middle_3_io_out4_3; // @[CLOS16.scala 66:27]
  assign egress_3_io_ctrl = egressCtrlReg[7:0]; // @[CLOS16.scala 60:39]
  assign middle_0_clock = clock;
  assign middle_0_io_in4_0 = ingress_0_io_out4_0; // @[CLOS16.scala 65:27]
  assign middle_0_io_in4_1 = ingress_1_io_out4_0; // @[CLOS16.scala 65:27]
  assign middle_0_io_in4_2 = ingress_2_io_out4_0; // @[CLOS16.scala 65:27]
  assign middle_0_io_in4_3 = ingress_3_io_out4_0; // @[CLOS16.scala 65:27]
  assign middle_0_io_ctrl = middleCtrlReg[31:24]; // @[CLOS16.scala 59:39]
  assign middle_1_clock = clock;
  assign middle_1_io_in4_0 = ingress_0_io_out4_1; // @[CLOS16.scala 65:27]
  assign middle_1_io_in4_1 = ingress_1_io_out4_1; // @[CLOS16.scala 65:27]
  assign middle_1_io_in4_2 = ingress_2_io_out4_1; // @[CLOS16.scala 65:27]
  assign middle_1_io_in4_3 = ingress_3_io_out4_1; // @[CLOS16.scala 65:27]
  assign middle_1_io_ctrl = middleCtrlReg[23:16]; // @[CLOS16.scala 59:39]
  assign middle_2_clock = clock;
  assign middle_2_io_in4_0 = ingress_0_io_out4_2; // @[CLOS16.scala 65:27]
  assign middle_2_io_in4_1 = ingress_1_io_out4_2; // @[CLOS16.scala 65:27]
  assign middle_2_io_in4_2 = ingress_2_io_out4_2; // @[CLOS16.scala 65:27]
  assign middle_2_io_in4_3 = ingress_3_io_out4_2; // @[CLOS16.scala 65:27]
  assign middle_2_io_ctrl = middleCtrlReg[15:8]; // @[CLOS16.scala 59:39]
  assign middle_3_clock = clock;
  assign middle_3_io_in4_0 = ingress_0_io_out4_3; // @[CLOS16.scala 65:27]
  assign middle_3_io_in4_1 = ingress_1_io_out4_3; // @[CLOS16.scala 65:27]
  assign middle_3_io_in4_2 = ingress_2_io_out4_3; // @[CLOS16.scala 65:27]
  assign middle_3_io_in4_3 = ingress_3_io_out4_3; // @[CLOS16.scala 65:27]
  assign middle_3_io_ctrl = middleCtrlReg[7:0]; // @[CLOS16.scala 59:39]
  always @(posedge clock) begin
    if(IQ_MPORT_en & IQ_MPORT_mask) begin
      IQ[IQ_MPORT_addr] <= IQ_MPORT_data; // @[CLOS16.scala 28:15]
    end
    if (reset) begin // @[CLOS16.scala 29:19]
      PC <= 7'h0; // @[CLOS16.scala 29:19]
    end else if (io_run) begin // @[CLOS16.scala 33:15]
      PC <= _PC_T_1; // @[CLOS16.scala 34:8]
    end
    if (reset) begin // @[CLOS16.scala 30:24]
      wr_addr <= 7'h0; // @[CLOS16.scala 30:24]
    end else if (!(io_run)) begin // @[CLOS16.scala 33:15]
      if (io_wr_en) begin // @[CLOS16.scala 36:23]
        wr_addr <= _wr_addr_T_1; // @[CLOS16.scala 37:13]
      end
    end
    if (reset) begin // @[CLOS16.scala 31:22]
      instr <= 96'h0; // @[CLOS16.scala 31:22]
    end else if (io_run) begin // @[CLOS16.scala 33:15]
      instr <= IQ_instr_MPORT_data; // @[CLOS16.scala 35:11]
    end
    middleCtrlReg <= instr[63:32]; // @[CLOS16.scala 53:36]
    egressCtrlReg_REG <= instr[31:0]; // @[CLOS16.scala 54:44]
    egressCtrlReg <= egressCtrlReg_REG; // @[CLOS16.scala 54:30]
  end
// Register and memory initialization
`ifdef RANDOMIZE_GARBAGE_ASSIGN
`define RANDOMIZE
`endif
`ifdef RANDOMIZE_INVALID_ASSIGN
`define RANDOMIZE
`endif
`ifdef RANDOMIZE_REG_INIT
`define RANDOMIZE
`endif
`ifdef RANDOMIZE_MEM_INIT
`define RANDOMIZE
`endif
`ifndef RANDOM
`define RANDOM $random
`endif
`ifdef RANDOMIZE_MEM_INIT
  integer initvar;
`endif
`ifndef SYNTHESIS
`ifdef FIRRTL_BEFORE_INITIAL
`FIRRTL_BEFORE_INITIAL
`endif
initial begin
  `ifdef RANDOMIZE
    `ifdef INIT_RANDOM
      `INIT_RANDOM
    `endif
    `ifndef VERILATOR
      `ifdef RANDOMIZE_DELAY
        #`RANDOMIZE_DELAY begin end
      `else
        #0.002 begin end
      `endif
    `endif
`ifdef RANDOMIZE_GARBAGE_ASSIGN
  _RAND_1 = {3{`RANDOM}};
`endif // RANDOMIZE_GARBAGE_ASSIGN
`ifdef RANDOMIZE_MEM_INIT
  _RAND_0 = {3{`RANDOM}};
  for (initvar = 0; initvar < 100; initvar = initvar+1)
    IQ[initvar] = _RAND_0[95:0];
`endif // RANDOMIZE_MEM_INIT
`ifdef RANDOMIZE_REG_INIT
  _RAND_2 = {1{`RANDOM}};
  PC = _RAND_2[6:0];
  _RAND_3 = {1{`RANDOM}};
  wr_addr = _RAND_3[6:0];
  _RAND_4 = {3{`RANDOM}};
  instr = _RAND_4[95:0];
  _RAND_5 = {1{`RANDOM}};
  middleCtrlReg = _RAND_5[31:0];
  _RAND_6 = {1{`RANDOM}};
  egressCtrlReg_REG = _RAND_6[31:0];
  _RAND_7 = {1{`RANDOM}};
  egressCtrlReg = _RAND_7[31:0];
`endif // RANDOMIZE_REG_INIT
  `endif // RANDOMIZE
end // initial
`ifdef FIRRTL_AFTER_INITIAL
`FIRRTL_AFTER_INITIAL
`endif
`endif // SYNTHESIS
endmodule